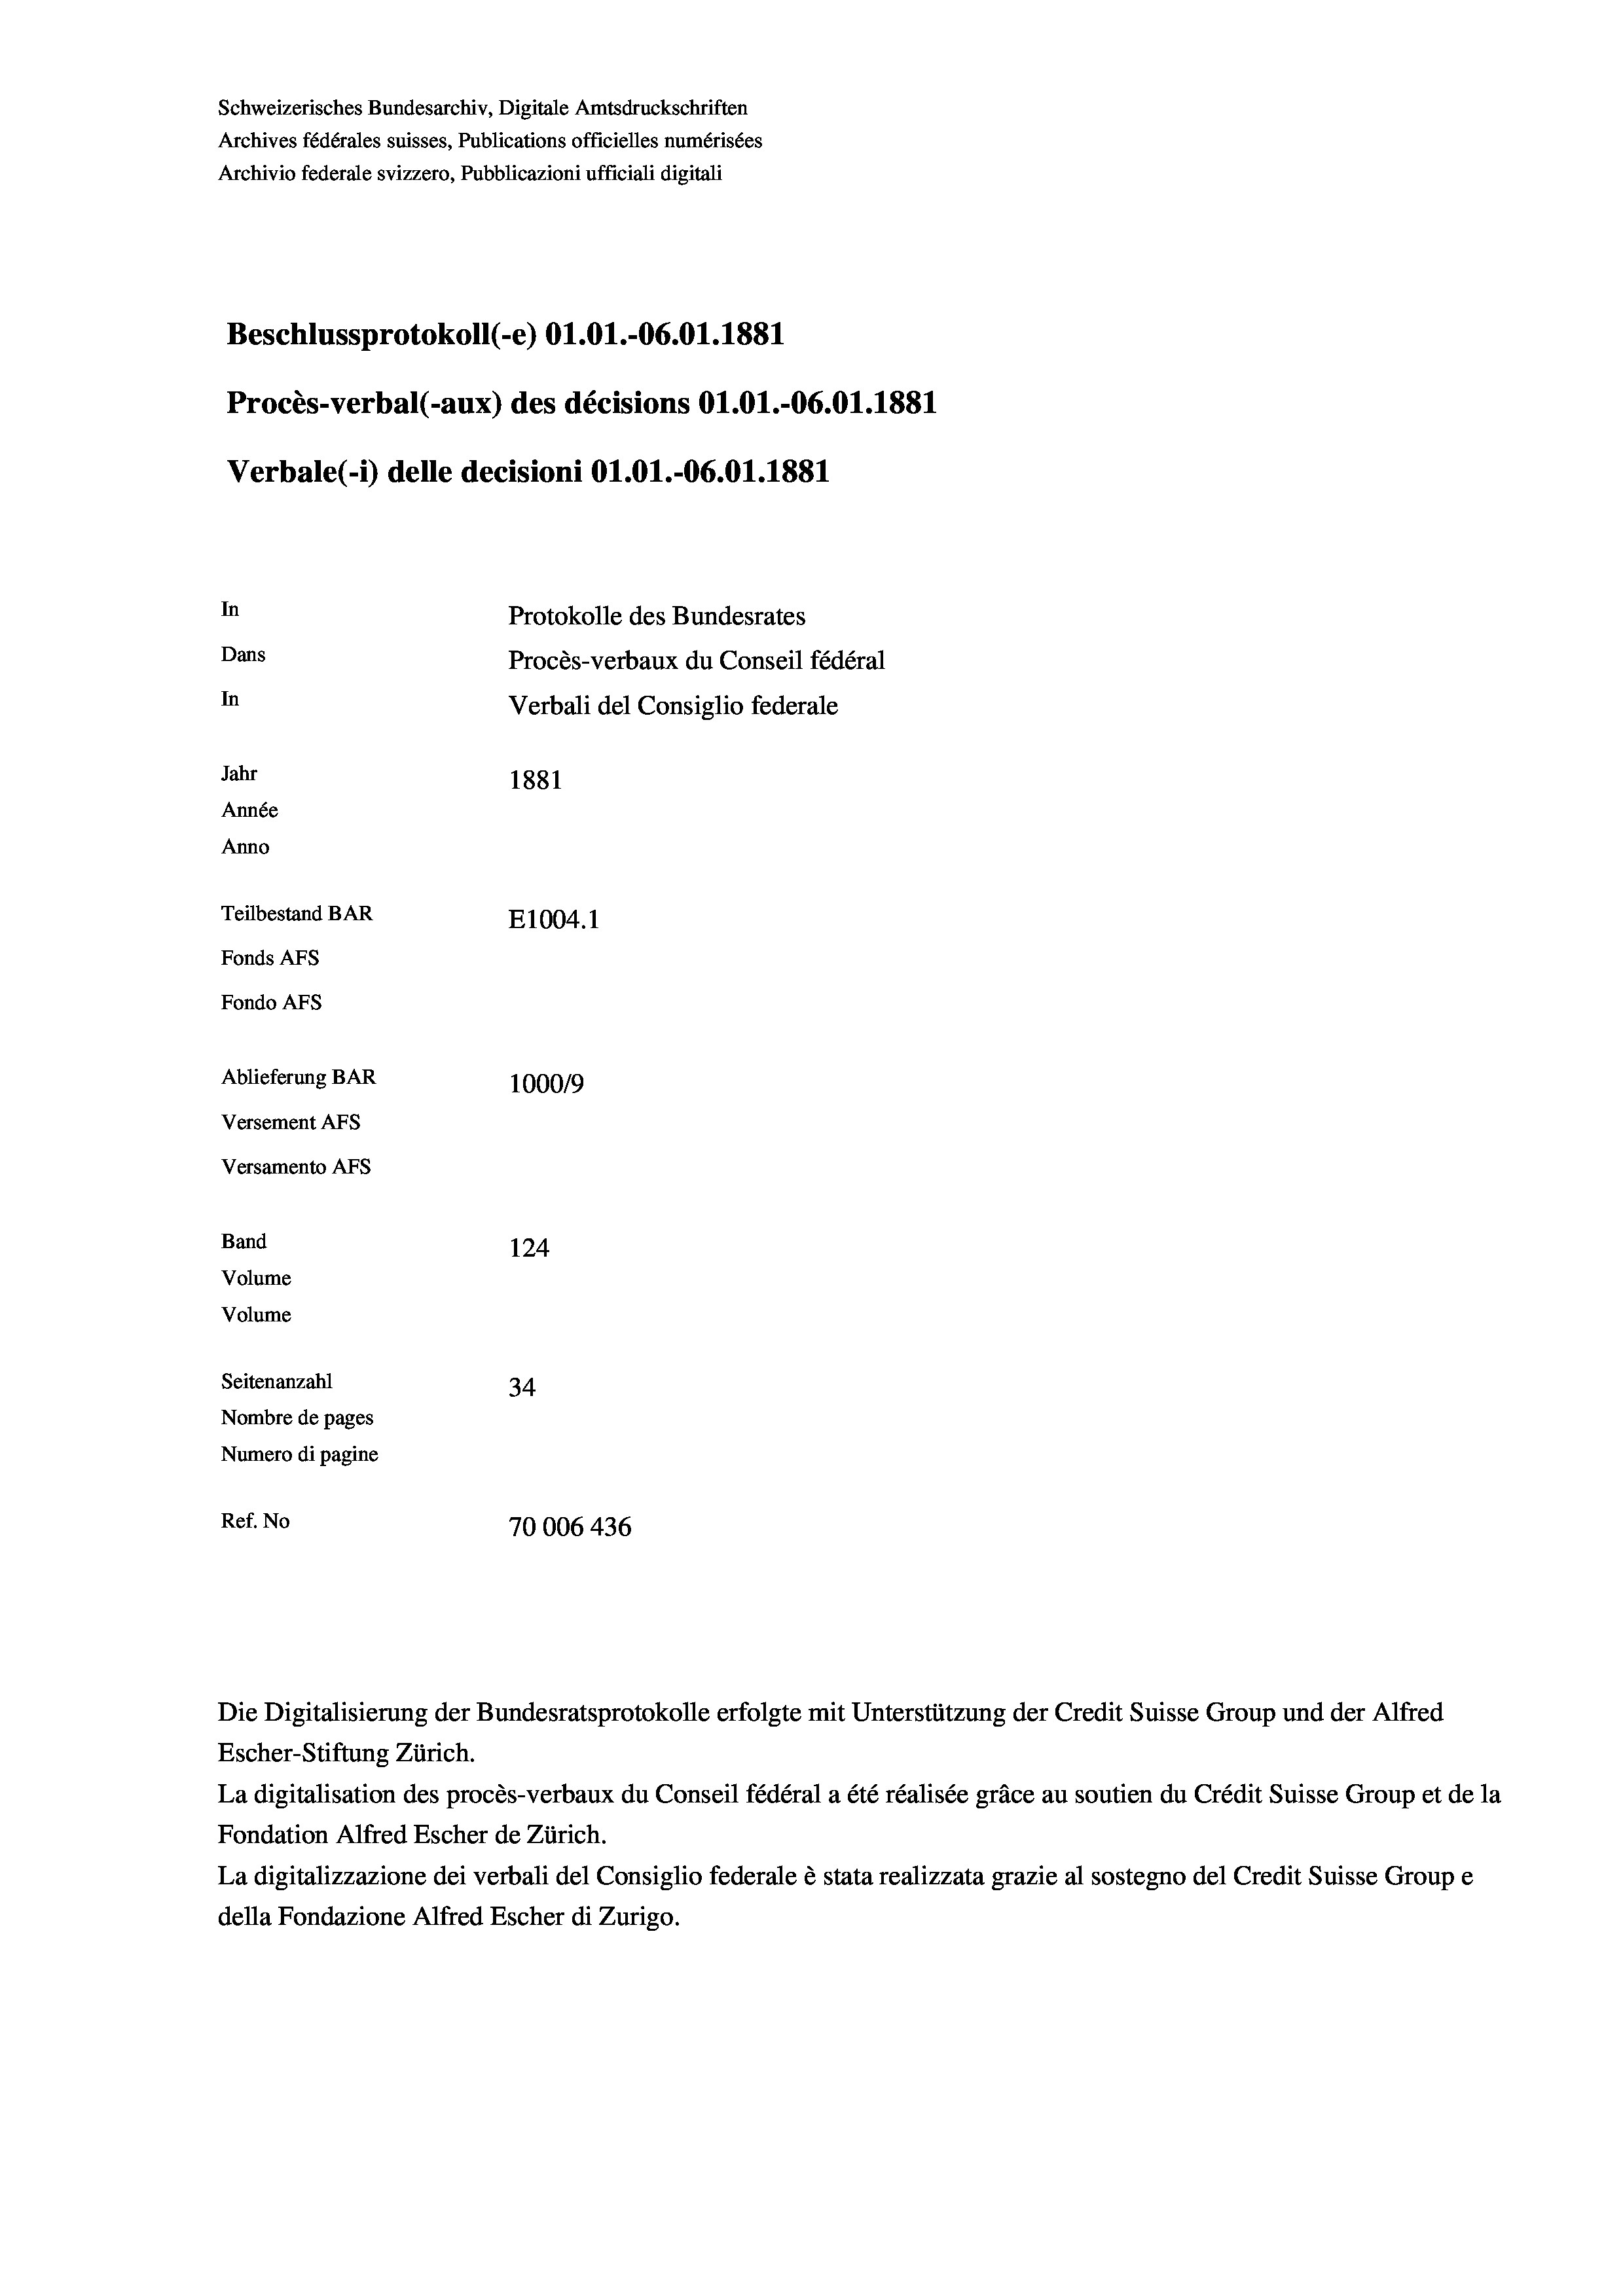
Schweizerisches Bundesarchiv, Digitale Amtsdruckschriften
Archives fédérales suisses, Publications officielles numérisées
Archivio federale svizzero, Pubblicazioni ufficiali digitali
Beschlussprotokoll (-e) O1.01.-06.01. 1881
Procès-verbal (-aux) des décisions O1.01.-06.01.1881
Verbale (i) delle decisioni O1.O1.-06.01. 1881
In
Protokolle des Bundesrates
Dans
Procès-verbaux du Conseil fédéral
In
Verbali del Consiglio federale
Jahr
1881
Année
Anno
Teilbestand BAR
E1004. 1
Fonds AFs
Fondo Afs
Ablieferung BAR
100019
Versement AFs
Versamento Afs
Band
124
Volume
Volume
Seitenanzahl
34.
Nombre de pages
Numero di pagine
Ref. No
70006 436

Escher-Stiftung Zürich.
La digitalisation des procès-verbaux du Conseil fédéral a été réalisée gräce au soutien du Crédit Suisse Group et de la
Fondation Alfred Escher de Zürich.
La digitalizzazione dei verbali del Consiglio federale è stata realizzata grazie al sostegno del Credit Suisse Groupe
della Fondazione Alfred Escher di Zurigo.

Die Digitalisierung der Bundesratsprotokolle erfolgte mit Unterstützung der Credit Suisse Group und der Alfred